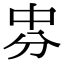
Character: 𠛸